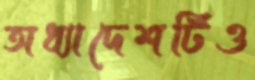
অধ্যাদেশটিও